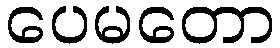
ပေမတော